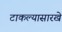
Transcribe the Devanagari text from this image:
टाकल्यासारखे